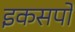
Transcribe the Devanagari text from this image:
इकसपो